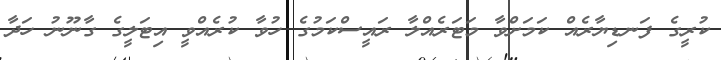
ކުރީގެ ފަނޑިޔާރެއް ކަމަށްވާ މަޓަރެއްލާ ރައީސްކަމުގެ ހުވާ ކުރެއްވީ އިޓަލީގެ ގާނޫނު ހަދާ